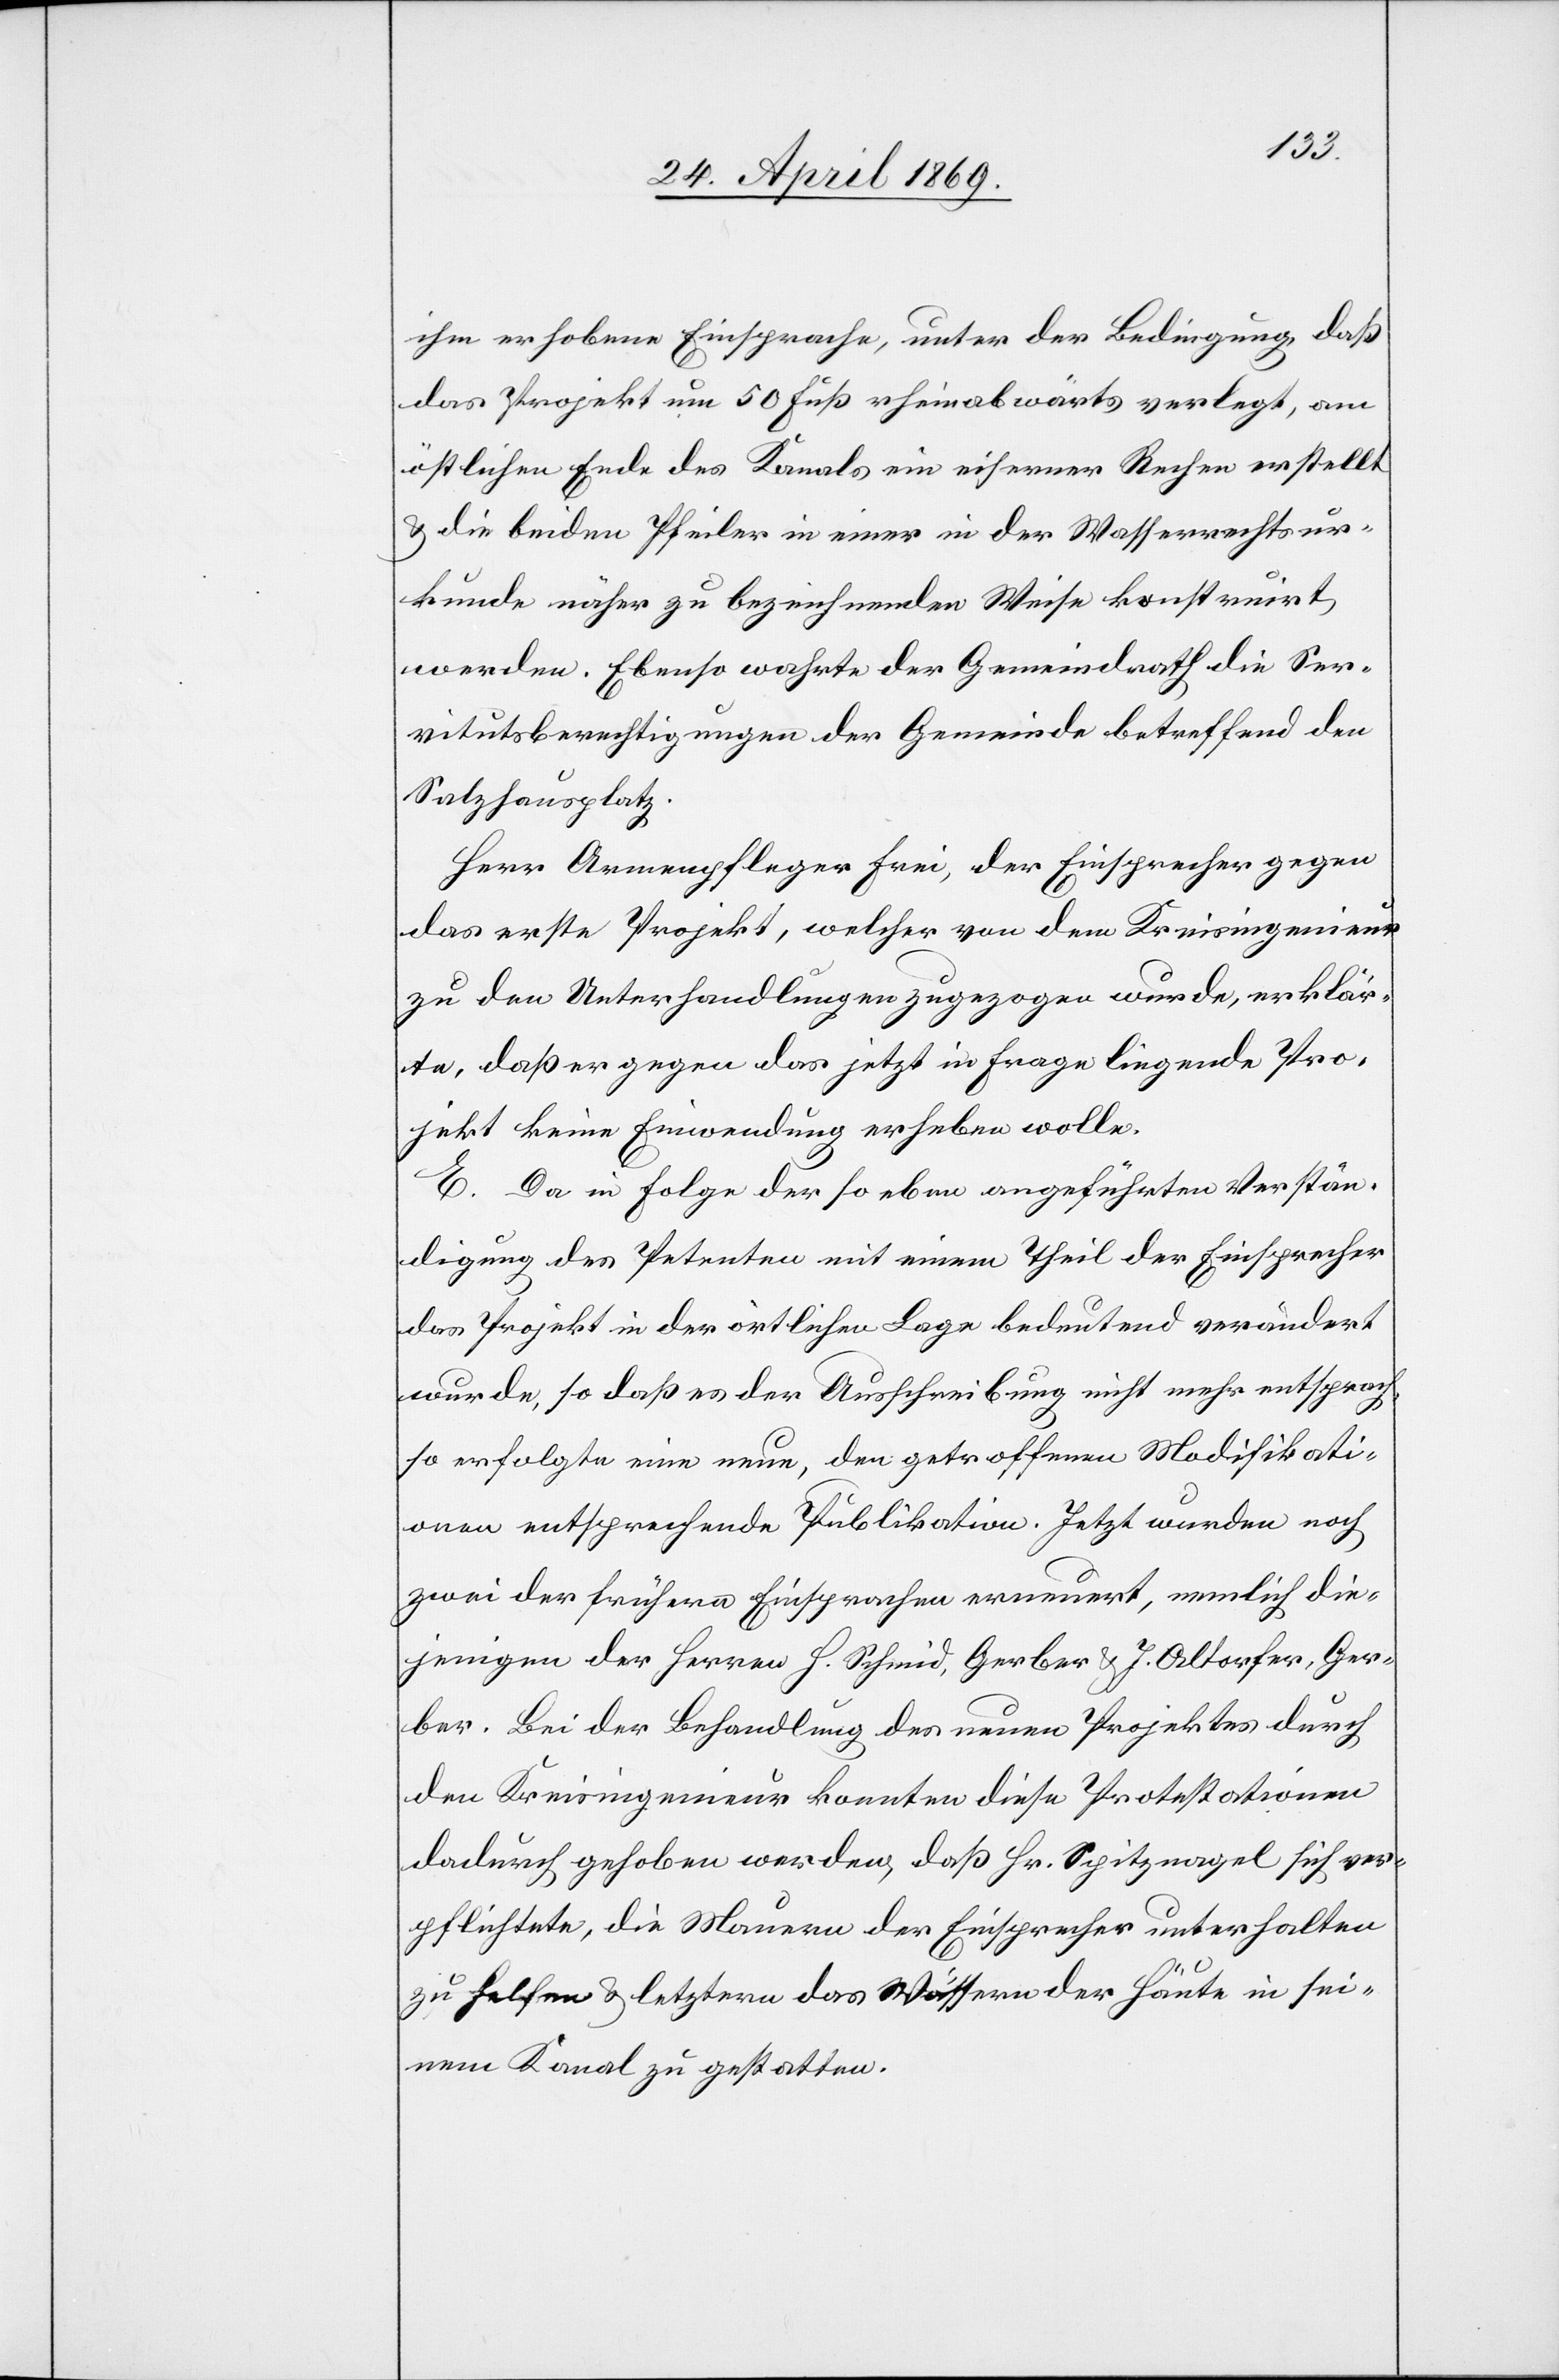
ihm erhobene Einsprache, unter der Bedingung, daß
das Projekt um 50 Fuß rheinabwärts verlegt, am
östlichen Ende des Kanals ein eiserner Rechen erstellt
u. die beiden Pfeiler in einer in der Wasserrechtsur¬
kunde näher zu bezeichnenden Weise konstruirt
werden. Ebenso wahrte der Gemeindrath die Ser¬
vitutsberechtigungen der Gemeinde betreffend den
Salzhausplatz.
Herr Armenpfleger Frei, der Einsprecher gegen
das erste Projekt, welcher von dem Kreisingenieur
zu den Unterhandlungen zugezogen wurde, erklär¬
te, daß er gegen das jetzt in Frage liegende Pro¬
jekt keine Einwendung erheben wolle.
E. Da in Folge der so eben angeführten Verstän¬
digung des Petenten mit einem Theil der Einsprecher
das Projekt in der örtlichen Lage bedeutend verändert
wurde, so daß es der Ausschreibung nicht mehr entsprach,
so erfolgte eine neue, den getroffenen Modifikati¬
onen entsprechende Publikation. Jetzt wurden noch
zwei der frühern Einsprachen erneuert, nemlich die¬
jenigen der Herren H. Schmid, Gerber u. J. Altorfer, Ger¬
ber. Bei der Behandlung des neuen Projektes durch
den Kreisingenieur konnten diese Protestationen
dadurch gehoben werden, daß Hr. Spitzvogel sich ver¬
pflichtete, die Mauern der Einsprecher unterhalten
zu helfen u. letztern das Wässern der Häute in sei¬
nem Kanal zu gestatten.